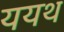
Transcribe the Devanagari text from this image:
ययथ